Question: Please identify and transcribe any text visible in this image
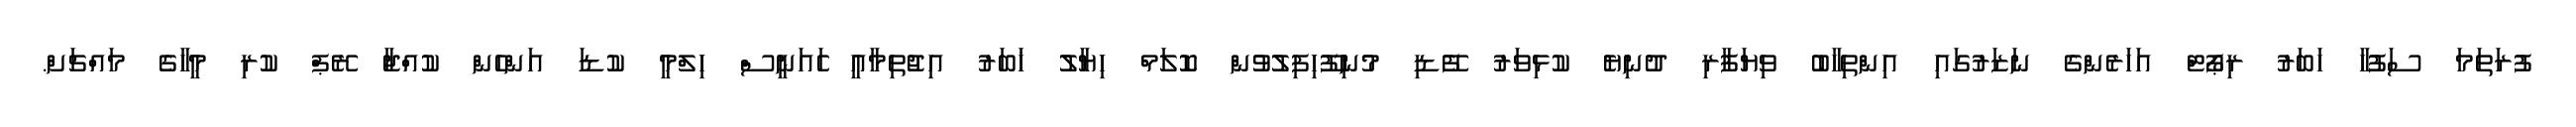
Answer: ފުރަތަމަ ސަފުހާ ހަބަރު ރިޕޯޓް އަހަރެންގެ ނަޒަރުގައި އިންތިހާބު ވިޔަފާރި ދުނިޔެ ކުޅިވަރު ފޭޑި މުނިފޫހިފިލުވުން ކޮލަމް ހިޔާލު ޚަބަރު އިޖުތިމާއީ ެައަނީސް ހިލްމީ ކުޑަ އަންހެން ކުއްޖާ ރޭޕް ކުރި މީހާގެ މައްޗަށް.